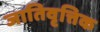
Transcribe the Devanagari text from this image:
जातिवृत्तिक